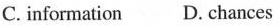
C. information D. Chances